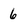
Character: 6